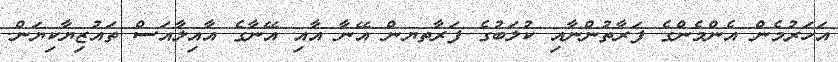
އަހަރުމެން އެންމެންގެ ފަރާތުންނާއި ކުލަބުގެ ފަރާތޔން އޭނާ އާއި އޭނާގެ އާއިލާއަސް ތައުޒިޔާކިޔަން.